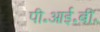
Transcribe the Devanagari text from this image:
पी॰आई॰बी॰